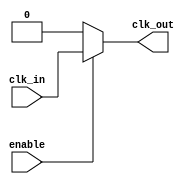
module low_power_clock_buffer (
    input wire clk_in,        // Input clock signal
    input wire enable,        // Enable signal for the buffer
    output wire clk_out       // Output clock signal
);

    // Internal signals
    wire clk_buf;             // Buffered clock signal

    // Input Stage: Simple inverter for clock signal cleanup
    wire clk_clean;
    assign clk_clean = ~clk_in; // Inverting the input clock for cleanup

    // Buffering Stage: Multiple inverters for buffering
    // Here we use a simple chain of inverters for demonstration
    wire clk_buf1, clk_buf2;
    assign clk_buf1 = clk_clean; // First buffer stage
    assign clk_buf2 = ~clk_buf1; // Second buffer stage

    // Output Stage: Final output driver
    // The output is driven only when enabled
    assign clk_out = enable ? clk_buf2 : 1'b0; // Output is 0 when disabled

endmodule